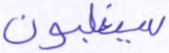
سيغلبون